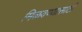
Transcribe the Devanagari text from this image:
मिळवण्यासाटी